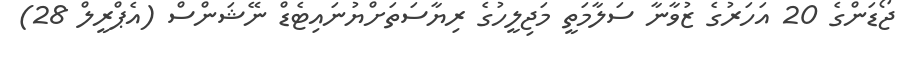
ޖޯޑަންގެ 20 އަަހަރުގެ ޒުވާނާ ސަލާމަތީ މަޖިލީހުގެ ރިޔާސަަތަަށްޔުނައިޓެޑް ނޭޝަންސް (އެޕްރީލް 28)